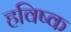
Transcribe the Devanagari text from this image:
हविष्क